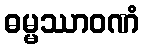
ဓမ္မဿာဝဏံ